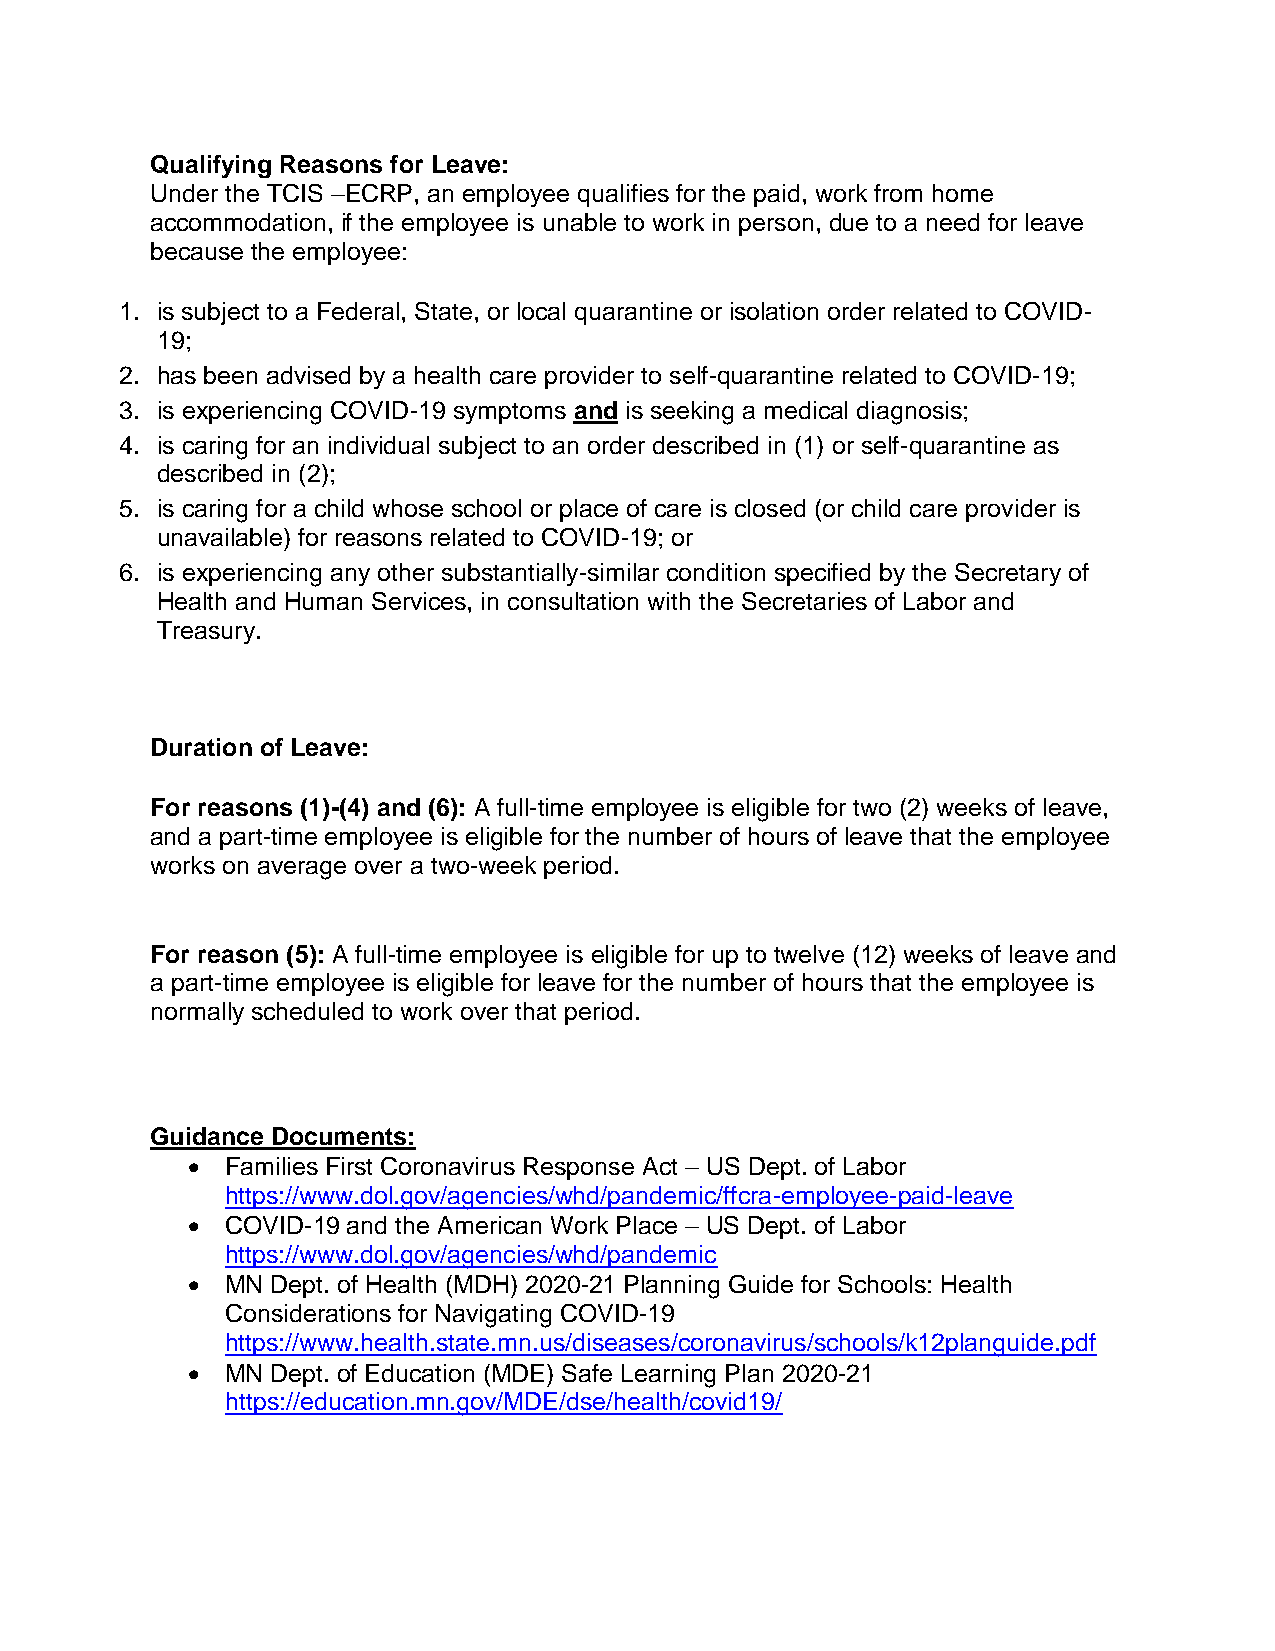
Qualifying Reasons for Leave:
 Under the TCIS –ECRP, an employee qualifies for the paid, work from home
 accommodation, if the employee is unable to work in person, due to a need for leave
 because the employee:
 1. is subject to a Federal, State, or local quarantine or isolation order related to COVID-
 19;
 2. has been advised by a health care provider to self-quarantine related to COVID-19;
 3. is experiencing COVID-19 symptoms and is seeking a medical diagnosis;
 4. is caring for an individual subject to an order described in (1) or self-quarantine as
 described in (2);
 5. is caring for a child whose school or place of care is closed (or child care provider is
 unavailable) for reasons related to COVID-19; or
 6. is experiencing any other substantially-similar condition specified by the Secretary of
 Health and Human Services, in consultation with the Secretaries of Labor and
 Treasury.
 Duration of Leave:
 For reasons (1)-(4) and (6): A full-time employee is eligible for two (2) weeks of leave,
 and a part-time employee is eligible for the number of hours of leave that the employee
 works on average over a two-week period.
 For reason (5): A full-time employee is eligible for up to twelve (12) weeks of leave and
 a part-time employee is eligible for leave for the number of hours that the employee is
 normally scheduled to work over that period.
 Guidance Documents:
   Families First Coronavirus Response Act – US Dept. of Labor
 https://www.dol.gov/agencies/whd/pandemic/ffcra-employee-paid-leave
   COVID-19 and the American Work Place – US Dept. of Labor
 https://www.dol.gov/agencies/whd/pandemic
   MN Dept. of Health (MDH) 2020-21 Planning Guide for Schools: Health
 Considerations for Navigating COVID-19
 https://www.health.state.mn.us/diseases/coronavirus/schools/k12planguide.pdf
   MN Dept. of Education (MDE) Safe Learning Plan 2020-21
 https://education.mn.gov/MDE/dse/health/covid19/